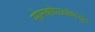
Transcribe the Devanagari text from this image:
सोनकोळ्यांकडून